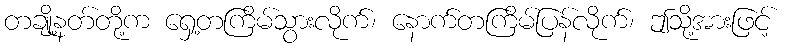
တချို့နတ်တို့က ရှေ့တကြိမ်သွားလိုက်၊ နောက်တကြိမ်ပြန်လိုက်၊ ဤသို့အားဖြင့်